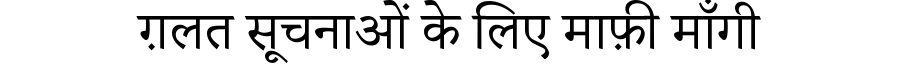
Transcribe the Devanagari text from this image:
ग़लत सूचनाओं के लिए माफ़ी माँगी